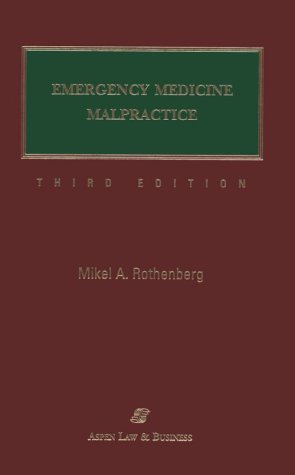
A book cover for Emergency Medicine Malpractice, Third Edition; Mikel A. Rothenberg; Law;